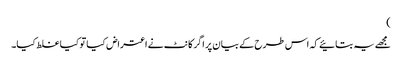
)
مجھے یہ بتائیے کہ اس طرح کے بیان پر اگر کانٹ نے اعتراض کیا تو کیا غلط کیا۔